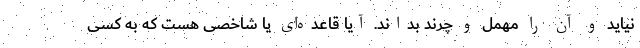
نیاید و آن را مهمل و چرند بداند. آیا قاعده‌ای یا شاخصی هست که به کسی